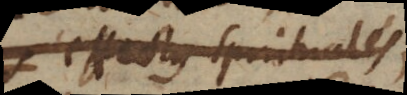
effectus spirituales,